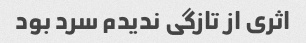
اثری از تازگی ندیدم سرد بود